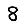
Digit: 8